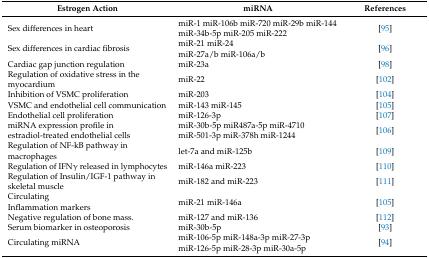
| Estrogen Action | miRNA | References |
 | --- | --- | --- |
 | Sex differences in heart | miR-1 miR-106b miR-720 miR-29b miR-144 miR-34b-5p miR-205 miR-222 | [95] |
 | Sex differences in cardiac fibrosis | miR-21 miR-24miR-27a/b miR-106a/b | [96] |
 | Cardiac gap junction regulation | miR-23a | [98] |
 | Regulation of oxidative stress in the myocardium | miR-22 | [102] |
 | Inhibition of VSMC proliferation | miR-203 | [104] |
 | VSMC and endothelial cell communication | miR-143 miR-145 | [105] |
 | Endothelial cell proliferation | miR-126-3p | [107] |
 | miRNA expression profile in estradiol-treated endothelial cells | miR-30b-5p miR487a-5p miR-4710 miR-501-3p miR-378h miR-1244 | [106] |
 | Regulation of NF-kB pathway in macrophages | let-7a and miR-125b | [109] |
 | Regulation of IFNγ released in lymphocytes | miR-146a miR-223 | [110] |
 | Regulation of Insulin/IGF-1 pathway in skeletal muscle | miR-182 and miR-223 | [111] |
 | CirculatingInflammation markers | miR-21 miR-146a | [105] |
 | Negative regulation of bone mass. | miR-127 and miR-136 | [112] |
 | Serum biomarker in osteoporosis | miR-30b-5p | [93] |
 | Circulating miRNA | miR-106-5p miR-148a-3p miR-27-3pmiR-126-5p miR-28-3p miR-30a-5p | [94] |